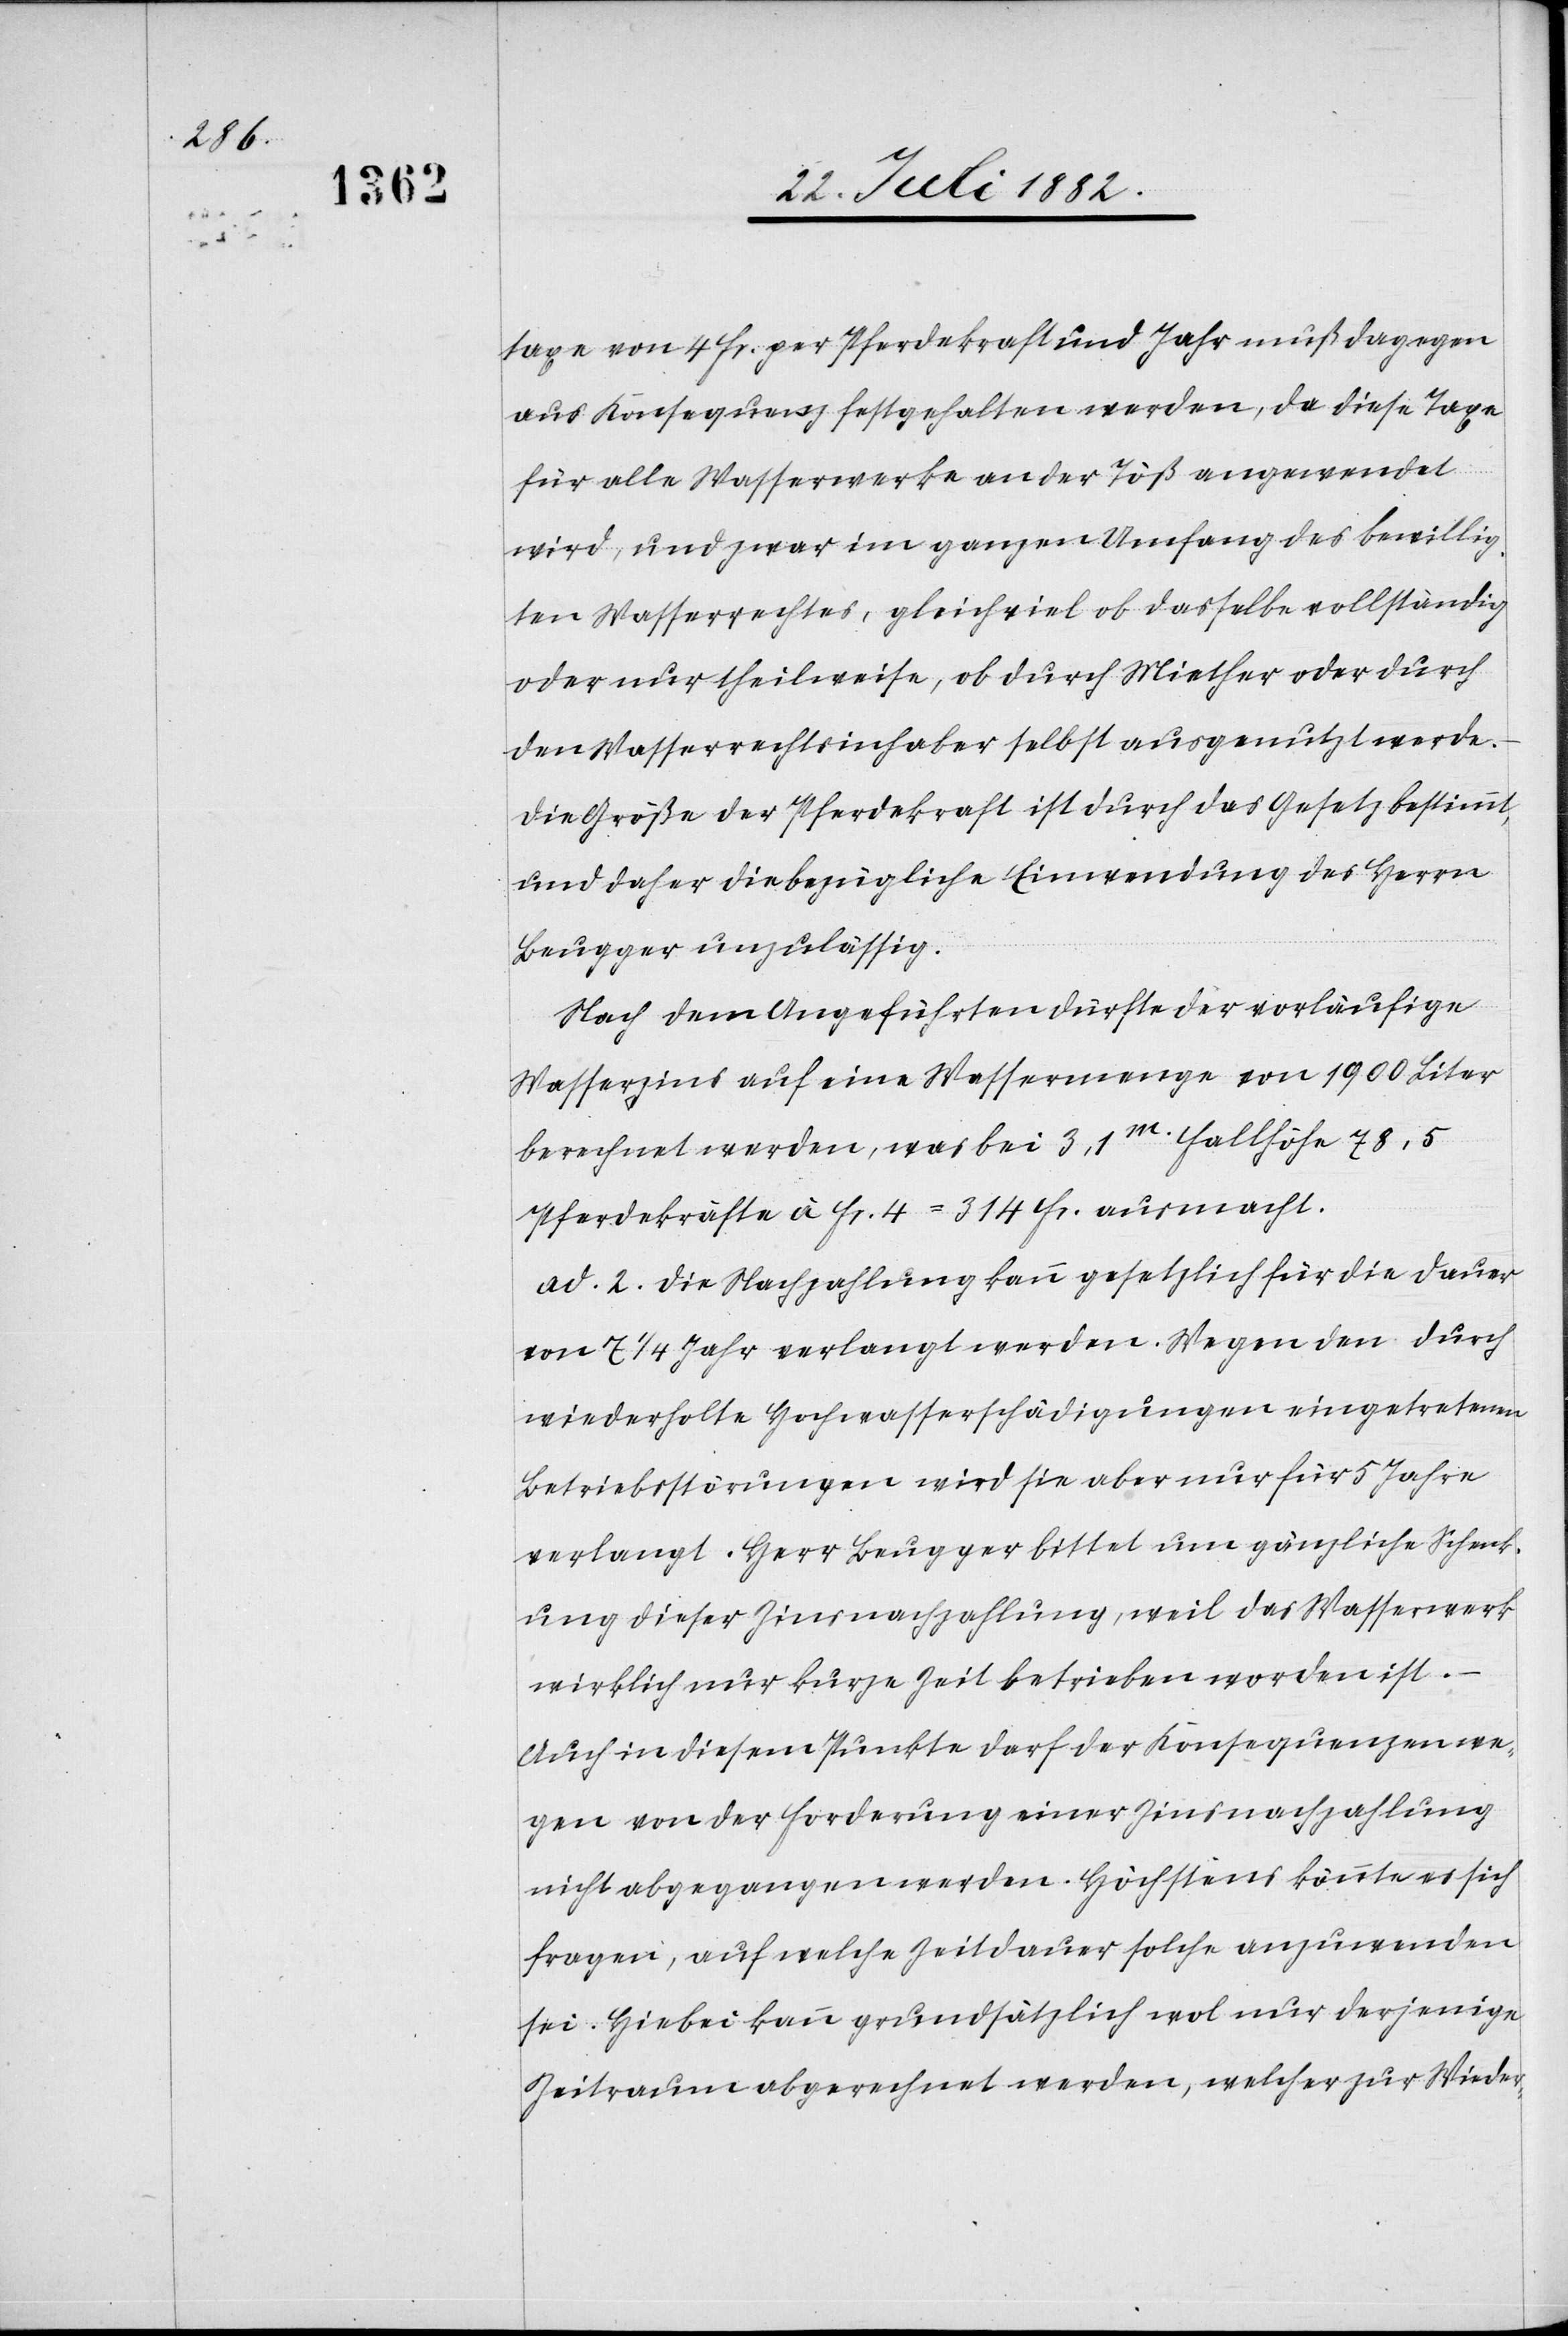
taxe von 4 Fr. per Pferdekraft und Jahr muß dagegen
aus Konsequenz festgehalten werde, da diese Taxe
für alle Wasserwerke an der Töß angewendet
wird, und zwar im ganzen Umfang des bewillig¬
ten Wasserrechtes, gleichviel ob dasselbe vollständig
oder nur theilweise, ob durch Miether oder durch
den Wasserrechtsinhaber selbst ausgenutzt werde.
Die Größe der Pferdekraft ist durch das Gesetz bestimmt,
und daher die bezügliche Einwendung des Herrn
Beugger unzulässig.
Nach dem Angeführten dürfte der vorläufige
Wasserzins auf eine Wassermenge von 1900 Liter
berechnet werden, was bei 3,1m Fallhöhe 78,5
Pferdekräfte à Fr. 4 = 314 Fr. ausmacht.
ad 2. Die Nachzahlung kann gesetzlich für die Dauer
von 7 1/4 Jahr verlangt werden. Wegen den durch
wiederholte Hochwasserschädigungen eingetretenen
Betriebsstörungen wird sie aber nur für 5 Jahre
verlangt. Herr Beugger bittet um gänzliche Schenk¬
ung dieser Zinsnachzahlung, weil das Wasserwerk
wirklich nur kurze Zeit betrieben worden ist.
Auch in diesem Punkte darf der Konsequenzen we¬
gen von der Forderung einer Zinsnachzahlung
nicht abgegangen werden. Höchstens könnte es sich
fragen, auf welche Zeitdauer solche anzuwenden
sei. Hiebei kann grundsätzlich wol nur derjenige
Zeitraum abgerechnet werden, welcher zur Wieder-